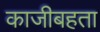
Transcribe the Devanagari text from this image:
काजीबहता